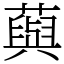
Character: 藇